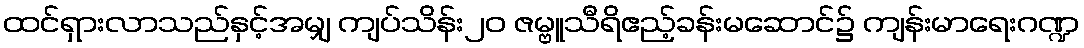
ထင်ရှားလာသည်နှင့်အမျှ ကျပ်သိန်း၂၀ ဇမ္ဗူသီရိဧည့်ခန်းမဆောင်၌ ကျန်းမာရေးဂဏ္ဍ